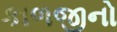
કાળજીનો